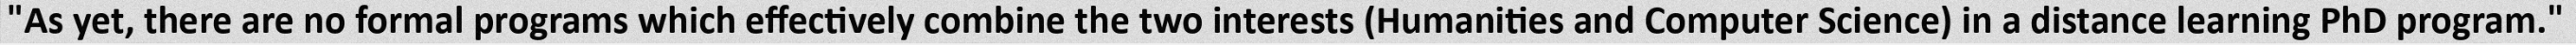
"As yet, there are no formal programs which effectively combine the two interests (Humanities and Computer Science) in a distance learning PhD program."